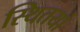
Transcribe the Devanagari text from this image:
स्थितयां